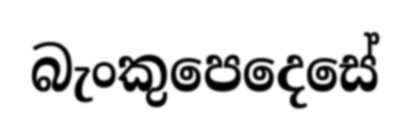
බැංකුපෙදෙසේ